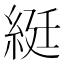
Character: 綎